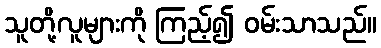
သူတို့လူများကို ကြည့်၍ ဝမ်းသာသည်။